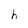
Character: h